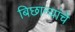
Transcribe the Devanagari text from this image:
बिछान्यांचे